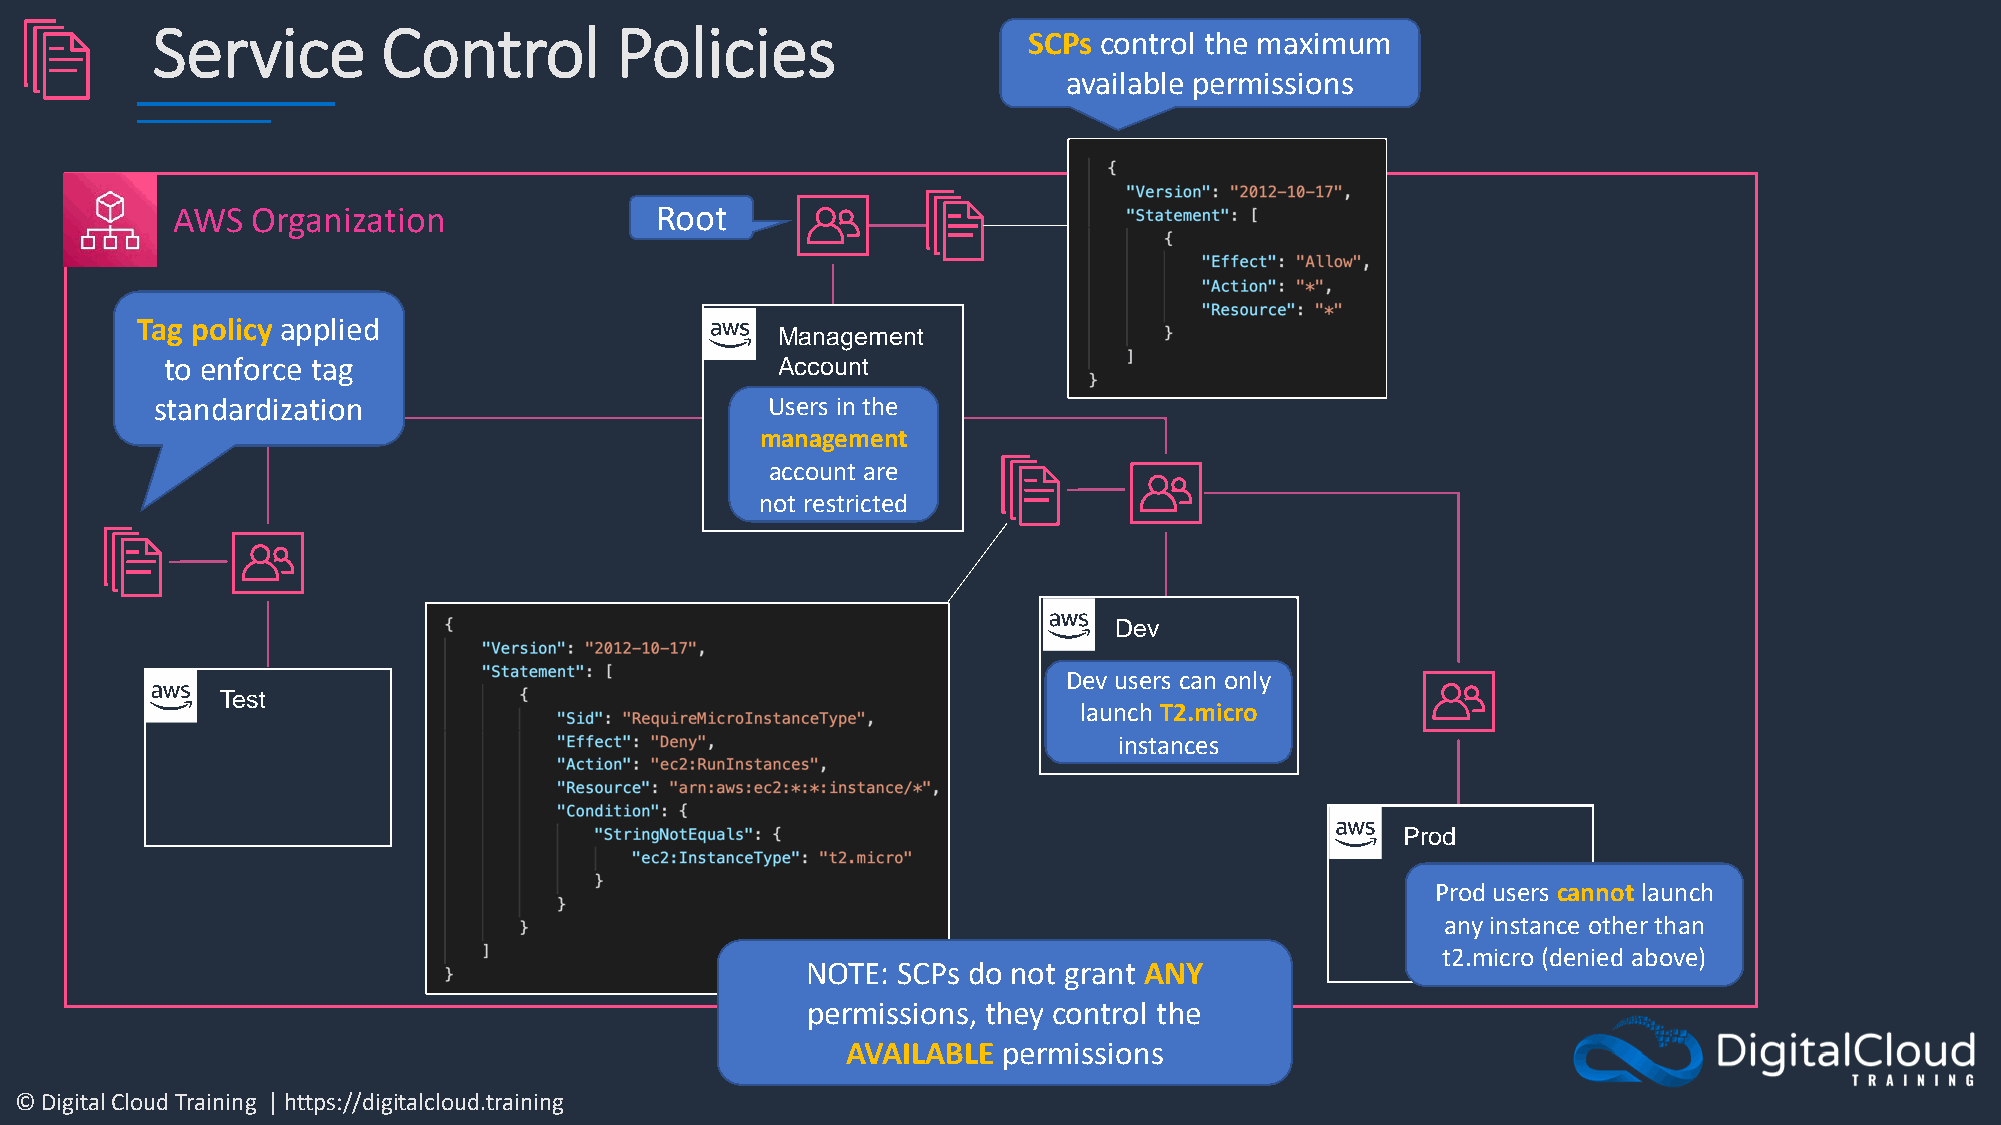
Service        Control         Policies
 SCPs control the maximum
 available permissions
 AWS   Organization              Root
 Tag policy applied
 Management
 to enforce tag                          Account
 standardization                          Users in the
 management
 account are
 not restricted
 Dev
 Dev users can only
 Test
 launch T2.micro
 instances
 Prod
 Prod users cannot launch
 any instance other than
 t2.micro (denied above)
 NOTE: SCPs do not grant ANY
 permissions, they control the
 AVAILABLE permissions
 © Digital Cloud Training | https://digitalcloud.training